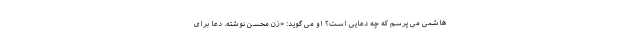
هاشمی می پرسم که چه دعایی است؟ او می گوید: «زن محسن نوشته. دعا برای